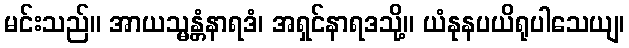
မင်းသည်။ အာယသ္မန္တံနာရဒံ၊ အရှင်နာရဒသို့။ ယံနုနပယိရုပါသေယျ၊